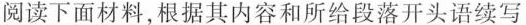
阅读下面材料,根据其内容和所给段落开头语续写